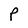
Character: P